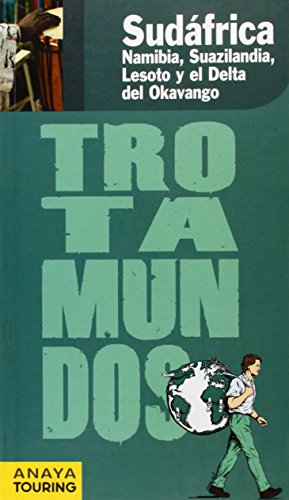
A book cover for Sudafrica, Namibia, Suazilandia, Lesoto y el Delta del Okavango / South Africa, Namibia, Swaziland, Lesotho and the Okavango Delta (Trotamundos / Globetrotters) (Spanish Edition); Philippe Gloaguen; Travel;